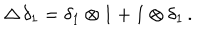
\Delta \, \delta _ { 1 } = \delta _ { 1 } \otimes 1 + 1 \otimes \delta _ { 1 } \, .